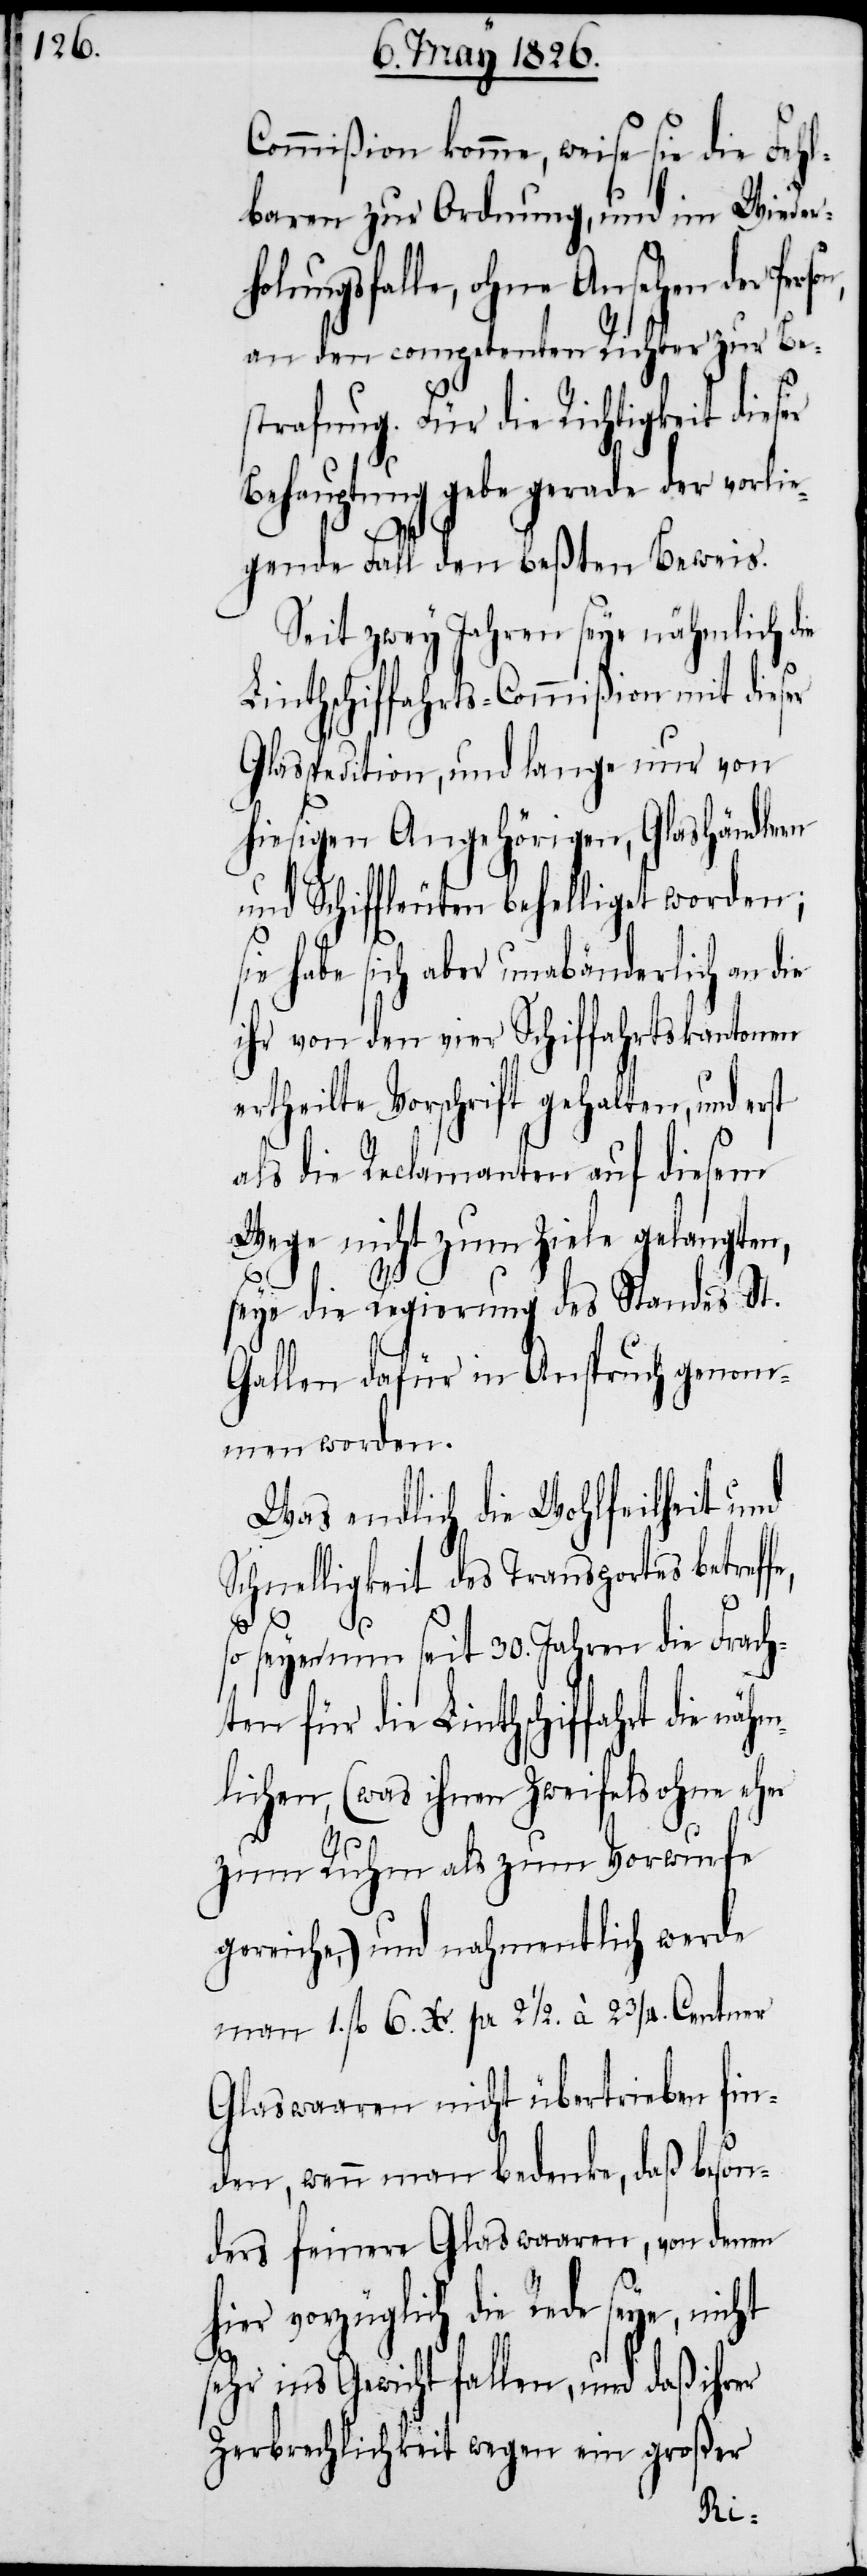
Commißion komme, weise sie die Fehl¬
baren zur Ordnung, und im Wieder¬
holungsfalle, ohne Ansehen der Pers¬
an den competenten Richter zur Be¬
strafung. Für die Richtigkeit dieser
Behauptung gebe gerade der vorli¬
egende Fall den beßten Beweis.
Seit zwey Jahren seye nähmlich die
Linthschiffahrts-Commißion mit dieser
Glasspedition, und lange nur von
hiesigen Angehörigen, Glashändlern
und Schiffleuten behelliget worden;
sie habe sich aber unabänderlich an die
ihr von den vier Schiffahrtskantonen
ertheilte Vorschrift gehalten, und erst
als die Reclamanten auf diesem
Wege nicht zum Ziele gelangten,
seye die Regierung des Standes St.
Gallen dafür in Anspruch genom¬
men worden.
Was endlich die Wohlfeilheit und
Schnelligkeit des Transportes betreff¬
hier
vor¬
so seyen nun seit 30. Jahren die Frach¬
ten für die Linthschiffahrt die n¬
lichen, (was ihnen Zweifels ohne eher
zum Ruhm als zum Vorwurfe
gereiche,) und nahmentlich werde
man 1. fl. 6 Xr. pr 2 1/2. à 2 3/4. Centner
Glaswaaren nicht übertrieben fin¬
den, wenn man bedenke, daß beson¬
ders feinere Glaswaaren, von denen
züglich die Rede seye, nicht
sehr ins Gewicht fallen, und daß ihrer
Zerbrechlichkeit wegen ein großes